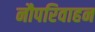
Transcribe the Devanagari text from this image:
नौपरिवाहन